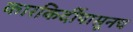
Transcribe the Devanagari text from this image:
कारकिर्दीपासूनच